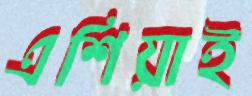
এশিয়াই